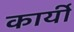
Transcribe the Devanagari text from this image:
कार्यी